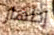
إظهار